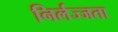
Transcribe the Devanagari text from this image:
निर्लज्जता